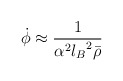
\begin{align*}\dot{\phi}\approx{1\over\alpha^2{l_B}^2\bar{\rho}}\end{align*}